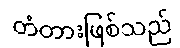
တံတားဖြစ်သည်